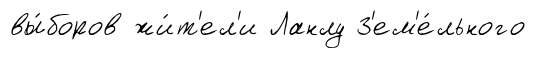
вы́боров жи́т'ел'и Ланлу З'ем'е́льного